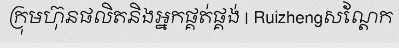
ក្រុមហ៊ុនផលិតនិងអ្នកផ្គត់ផ្គង់ | Ruizhengសណ្តែក